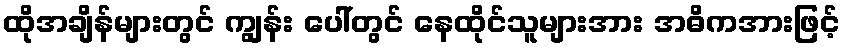
ထိုအချိန်များတွင် ကျွန်း ပေါ်တွင် နေထိုင်သူများအား အဓိကအားဖြင့်